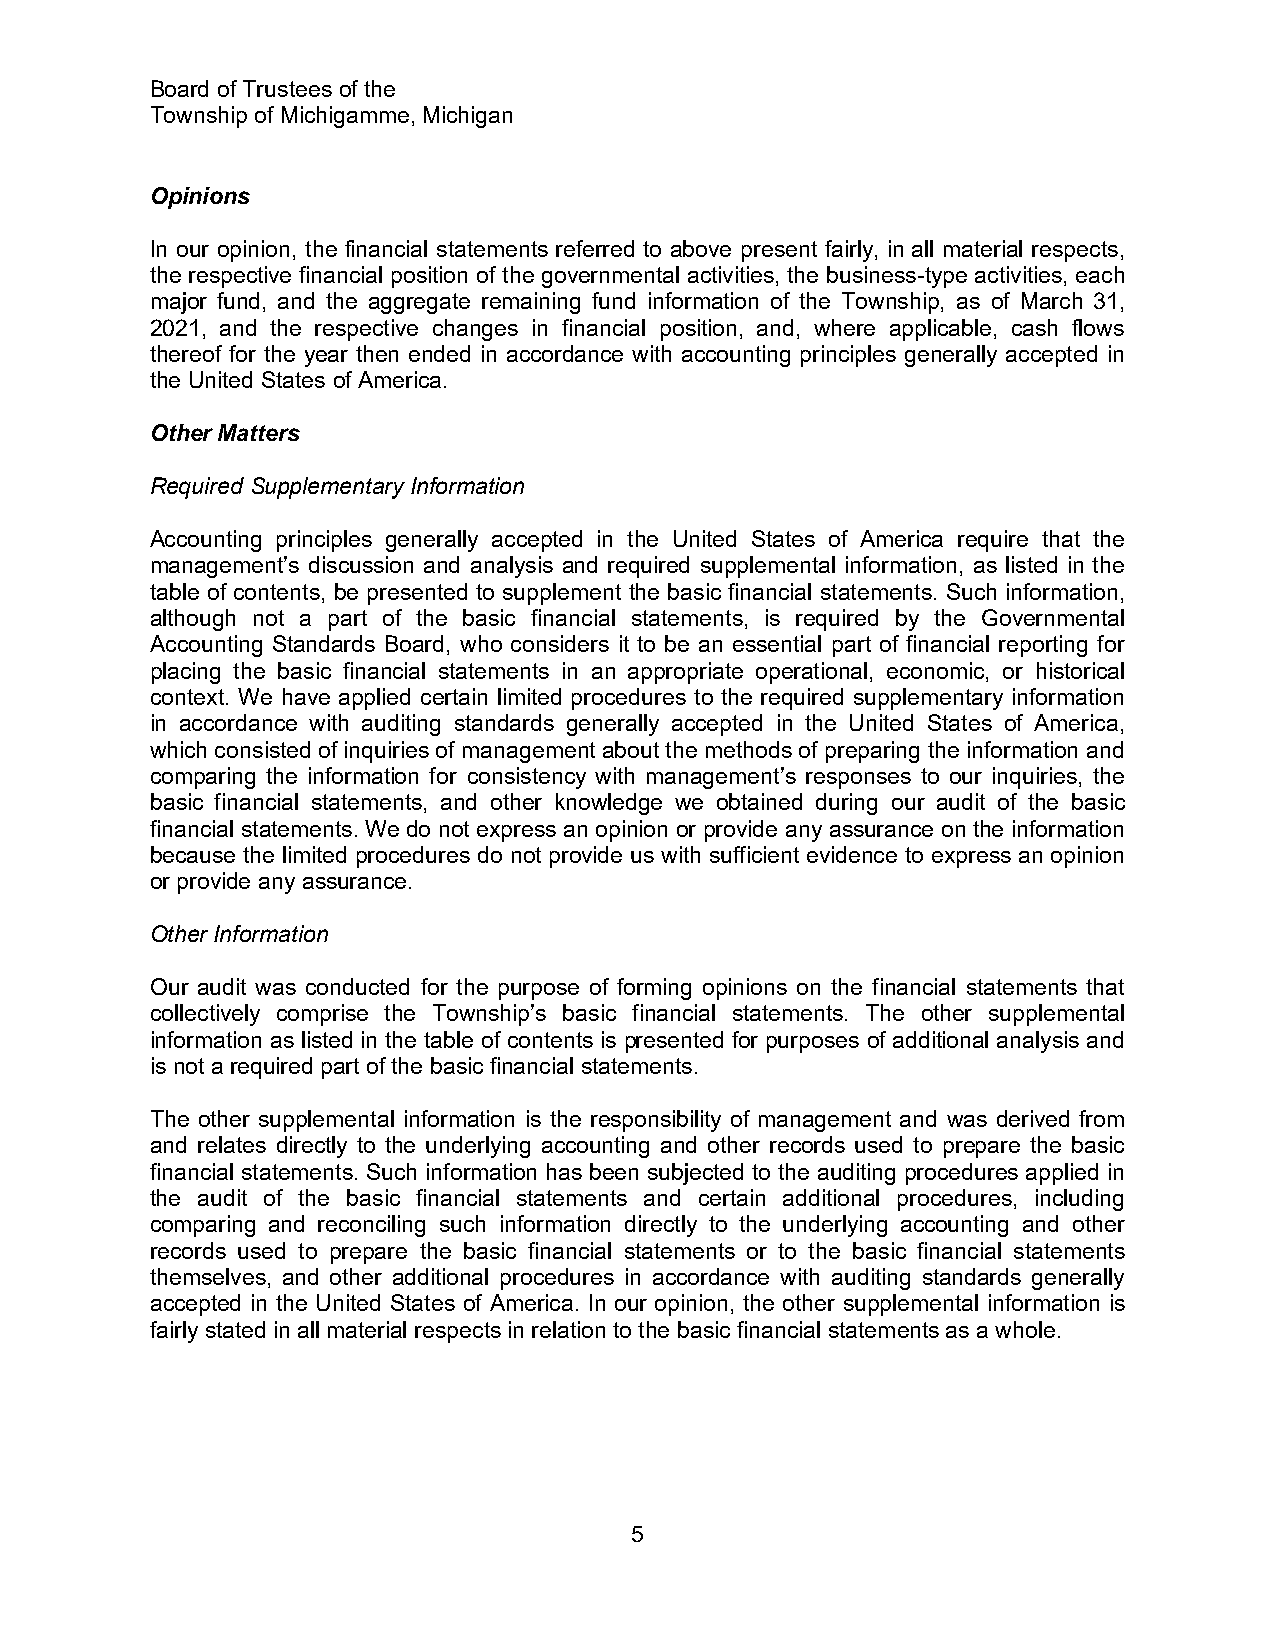
Board of Trustees of the
 Township of Michigamme, Michigan
 Opinions
 In our opinion, the financial statements referred to above present fairly, in all material respects,
 the respective financial position of the governmental activities, the business-type activities, each
 major fund, and the aggregate remaining fund information of the Township, as of March 31,
 2021, and the respective changes in financial position, and, where applicable, cash flows
 thereof for the year then ended in accordance with accounting principles generally accepted in
 the United States of America.
 Other Matters
 Required Supplementary Information
 Accounting principles generally accepted in the United States of America require that the
 management’s discussion and analysis and required supplemental information, as listed in the
 table of contents, be presented to supplement the basic financial statements. Such information,
 although not a part of the basic financial statements, is required by the Governmental
 Accounting Standards Board, who considers it to be an essential part of financial reporting for
 placing the basic financial statements in an appropriate operational, economic, or historical
 context. We have applied certain limited procedures to the required supplementary information
 in accordance with auditing standards generally accepted in the United States of America,
 which consisted of inquiries of management about the methods of preparing the information and
 comparing the information for consistency with management’s responses to our inquiries, the
 basic financial statements, and other knowledge we obtained during our audit of the basic
 financial statements. We do not express an opinion or provide any assurance on the information
 because the limited procedures do not provide us with sufficient evidence to express an opinion
 or provide any assurance.
 Other Information
 Our audit was conducted for the purpose of forming opinions on the financial statements that
 collectively comprise the Township’s basic financial statements. The other supplemental
 information as listed in the table of contents is presented for purposes of additional analysis and
 is not a required part of the basic financial statements.
 The other supplemental information is the responsibility of management and was derived from
 and relates directly to the underlying accounting and other records used to prepare the basic
 financial statements. Such information has been subjected to the auditing procedures applied in
 the audit of the basic financial statements and certain additional procedures, including
 comparing and reconciling such information directly to the underlying accounting and other
 records used to prepare the basic financial statements or to the basic financial statements
 themselves, and other additional procedures in accordance with auditing standards generally
 accepted in the United States of America. In our opinion, the other supplemental information is
 fairly stated in all material respects in relation to the basic financial statements as a whole.
 5